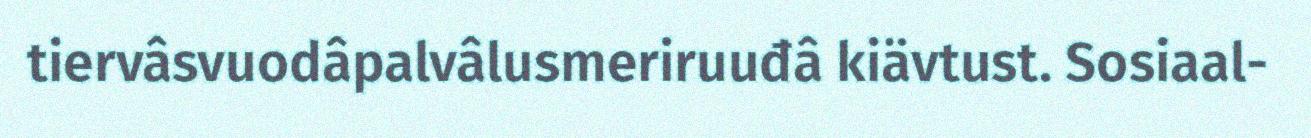
tiervâsvuodâpalvâlusmeriruuđâ kiävtust. Sosiaal-